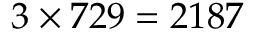
3 \times 7 2 9 = 2 1 8 7